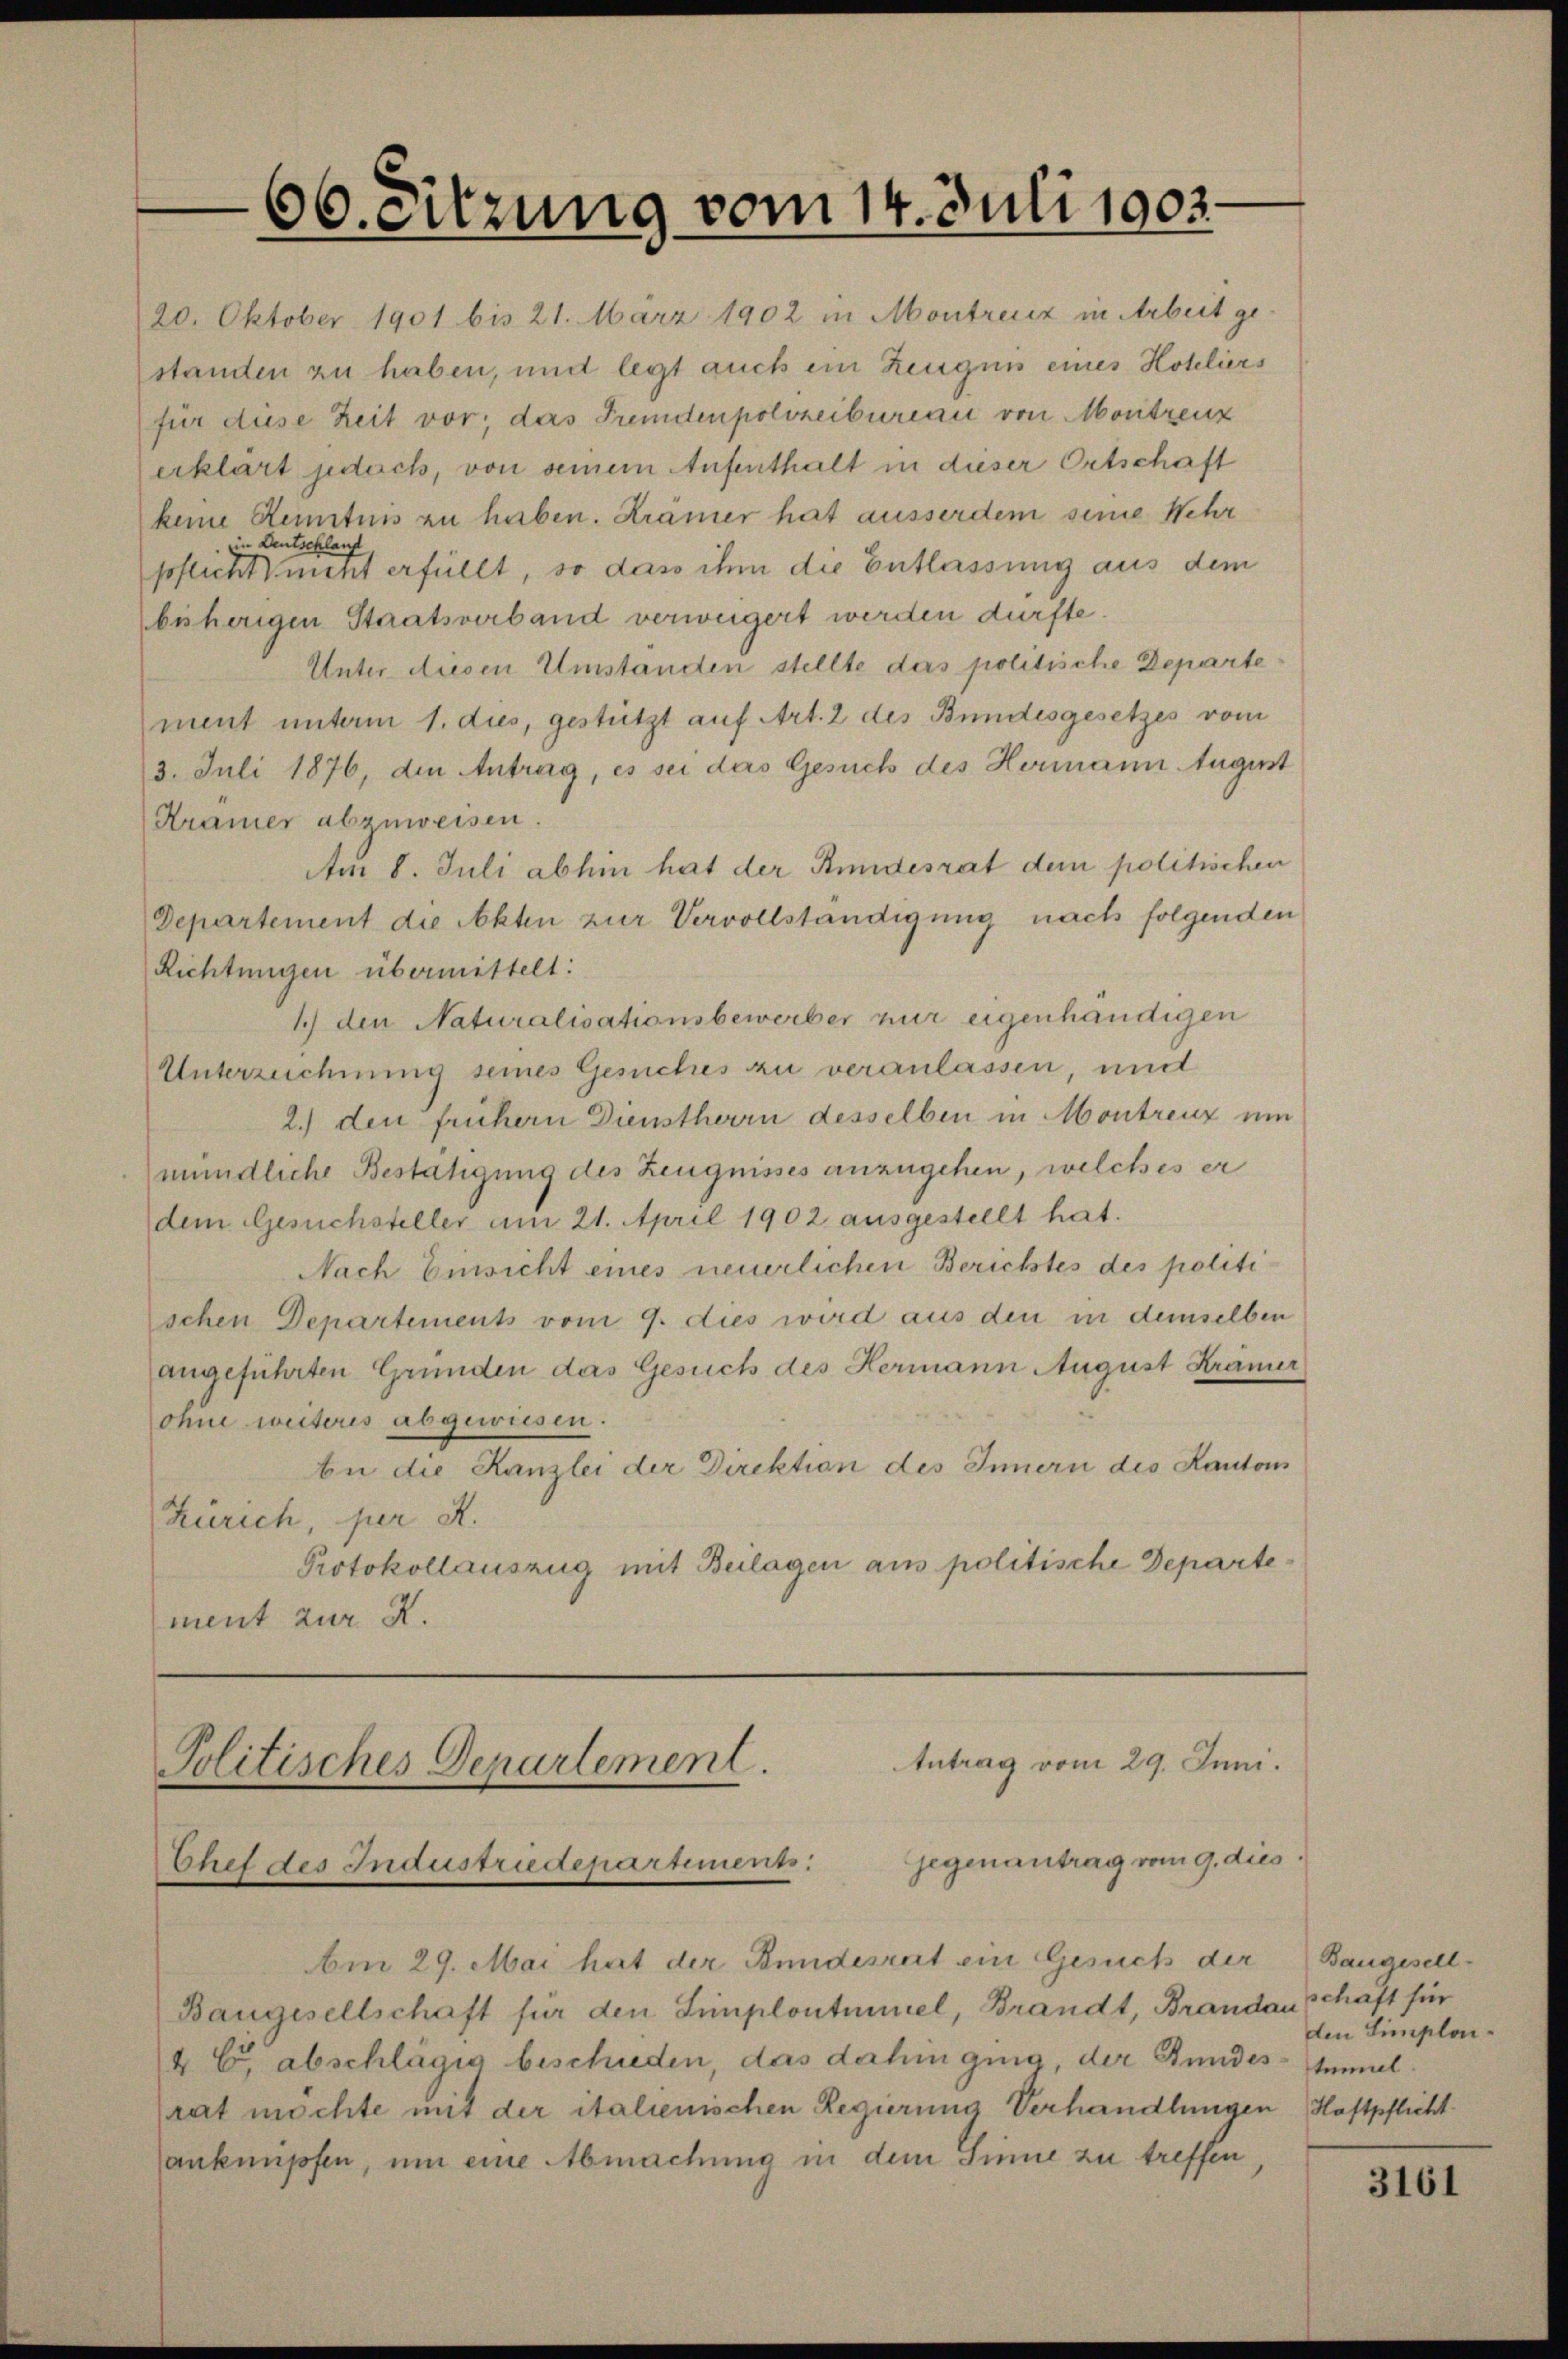
66. Sitzung vom 14. Juli 1903.

20. Oktober 1901 bis 21. März 1902 in Montreuz in Arbeit gestanden zu haben, und legt auch ein Zeugnis eines Hoteliers
für diese Zeit vor; das Fremdenpolizeibureau von Montreuz
erklärt jedoch, von seinem Aufenthalt in dieser Ortschaft
keine Kenntnis zu haben. Krämer hat ausserdem seine Wehr
im Deutschlauf,
pflicht nicht erfüllt, so dass ihm die Entlassung aus dem
bisherigen Staatsverband verweigert werden dürfte.
Unter diesen Umständen stellte das politische Departement unterm 1. dies, gestützt auf Art. 2 des Bundesgesetzes vom
3. Juli 1876, den Antrag, es sei das Gesuch des Hermann August
Kramer abzuweisen.
Am 8. Juli abhin hat der Bundesrat dem politischen
Departement die Akten zur Vervollständigung nach folgenden
Richtungen übermittelt:
1) den Naturalisationsbewerber nur eigenhändigen
Unterzeichnung seines Gesuches zu veranlassen, mit
2.) den frühern Dienstherrn desselben in Montreuz um
mündliche Bestätigung des Zeugnisses anzugehen, welches er
dem Gesuchsteller am 21. April 1902 ausgestellt hat.
Nach Einsicht eines neuerlichen Berichtes des politischen Departements vom 9. dies wird aus den in demselben
angeführten Grunden das Gesuch des Hermann August Krämer
ohne wectoris abgewiesen.
An die Kanzlei der Direktion des Innern des Kantons
Zürich, per R.
Protokollauszug mit Beilagen aus politische Departement zur K.

Antrag vom 29. Juni.
Politisches Departement.
Gegenantrag vom 9. dies
Chef des Industriedepartienn

Am 29. Mai hat der Bundesrat ein Gesuch der Baugesell-
Baugesellschaft für den Simplontmmel, Brandt, Brandau
4 C. abschlägig beschieden, das dahin ging, der Stundes-Immel
rat möchte mit der italienischen Regierung Verhandlungen Haftpflicht
anknüpfen, um eine Abmachung in dem Sinne zu treffen,

schaft für
den Simplon¬

3161